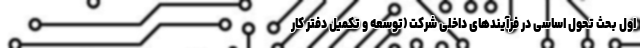
اول بحث تحول اساسی در فرآیند‌های داخلی شرکت (توسعه و تکمیل دفتر کار